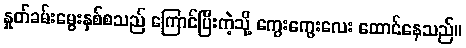
နှုတ်ခမ်းမွေးနှစ်စသည် ကြောင်ပြီးကဲ့သို့ ကွေးကွေးလေး ထောင်နေသည်။